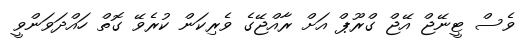
ވެސް ޓީނޭޖް އޭޖް ގްރޫޕް އަށް ރާއްޖޭގެ ވެރިކަން ކުރެވޭ ގޮތް ހައްދަވަންވީ